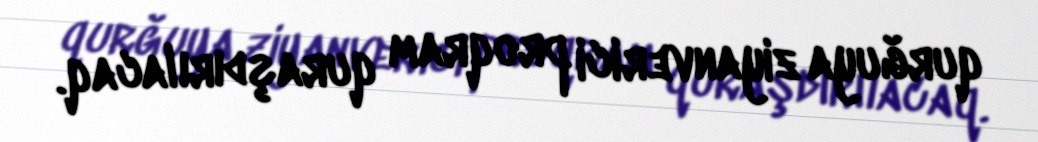
qurğuya ziyanverici proqram quraşdırılacaq.